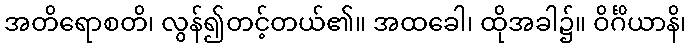
အတိရောစတိ၊ လွန်၍တင့်တယ်၏။ အထခေါ၊ ထိုအခါ၌။ ဝိင်္ဂိယာနိ၊